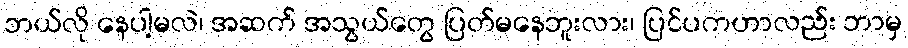
ဘယ်လို နေပါ့မလဲ၊ အဆက် အသွယ်တွေ ပြတ်မနေဘူးလား၊ ပြင်ပကဟာလည်း ဘာမှ